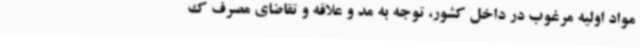
مواد اولیه مرغوب در داخل کشور، توجه به مد و علاقه و تقاضای مصرف ک